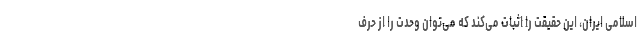
اسلامی ایران، این حقیقت را اثبات می‌کند که می‌توان وحدت را از حرف